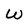
Character: W